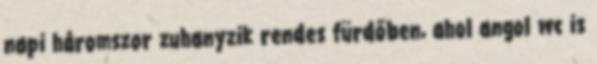
napi háromszor zuhanyzik rendes fürdőben, ahol angol wc is